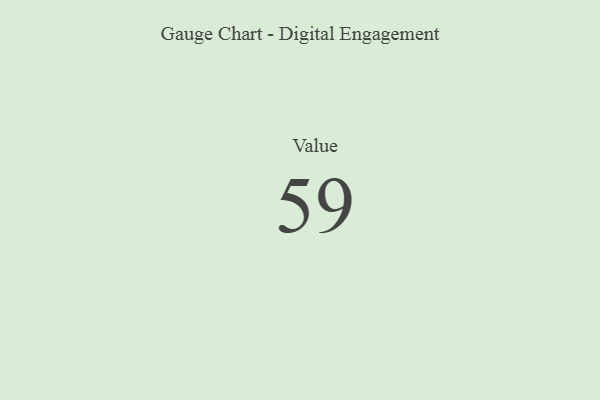
{"axis": {"x": "Metric", "y": "Value"}, "legend": [""], "data": [{"x": "Value", "y": 59, "type": ""}]}